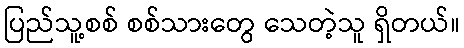
ပြည်သူ့စစ် စစ်သားတွေ သေတဲ့သူ ရှိတယ်။